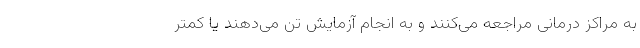
به مراکز درمانی مراجعه می‌کنند و به انجام آزمایش تن می‌دهند یا کمتر